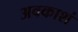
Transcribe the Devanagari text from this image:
अवकाशं